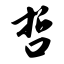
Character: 哲